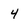
Character: 4